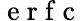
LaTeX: \mathrm{~e~r~f~c~}